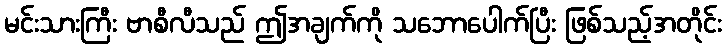
မင်းသားကြီး ဗာစီလီသည် ဤအချက်ကို သဘောပေါက်ပြီး ဖြစ်သည့်အတိုင်း